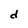
Character: d